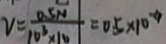
v = \frac { 0 . 5 N } { 1 0 ^ { 3 } \times 1 0 } = 0 . 5 \times 1 0 ^ { - 4 }